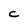
Character: C